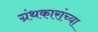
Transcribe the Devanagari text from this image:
ग्रंथकारांच्या